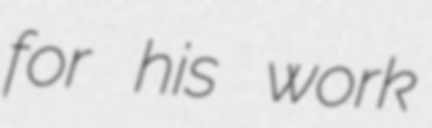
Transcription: for his work